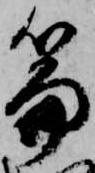
篇